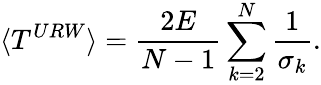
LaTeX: \langle T^{URW}\rangle=\frac{2E}{N-1}\sum_{k=2}^{N}\frac{1}{\sigma_{k}}.